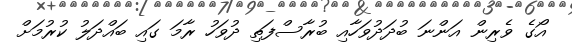
އޯގެ ވެރިން އަންނަ ބުދަދުވަހާއި ބުރާސްފަތި ދުވަހު ރާމަ ގައި ބައްދަލު ކުރުމަށް